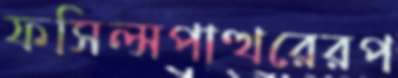
ফসিল্সপাত্থরেরপ